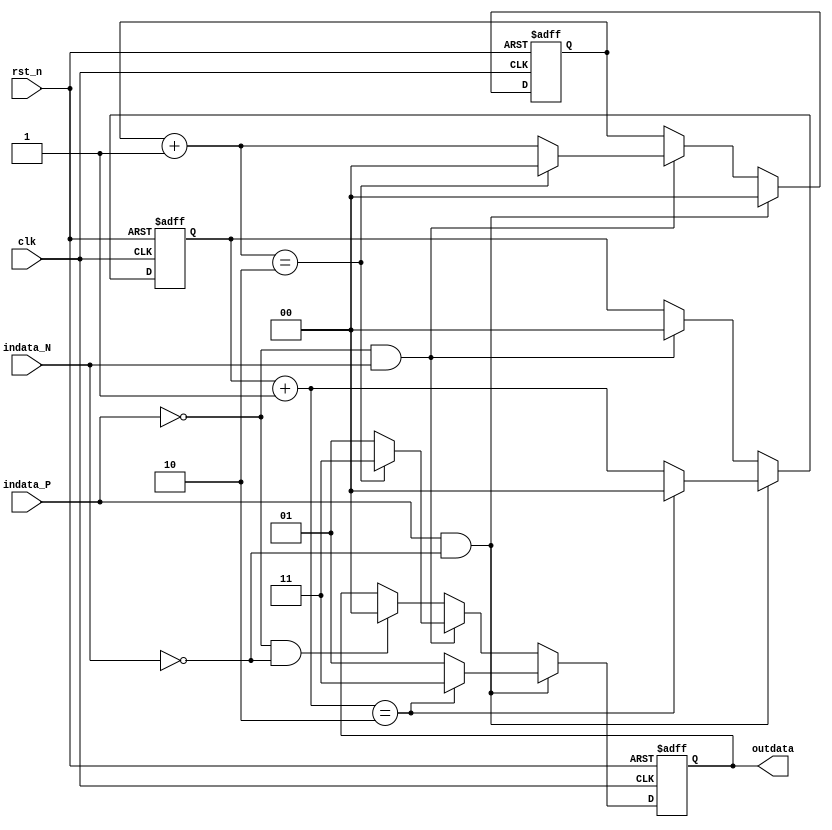
module findv(rst_n, indata_P, indata_N, outdata,clk);

input rst_n,clk;
input indata_P, indata_N;
output reg [1:0] outdata;
reg [1:0]flag1;
reg [1:0]flag2;

initial begin
    flag1=2'b00;
    flag2=2'b00;
end

always @(posedge clk or negedge rst_n) begin
    if(!rst_n) begin
        // 
        flag1=2'b00;
        flag2=2'b00;
        outdata <= 2'b00;
    end
    else begin
        if(indata_P==1'b1 && indata_N==1'b0) begin
        // PN10flag20flag11flag1+2+1
            flag2<=2'b00;
            flag1=flag1+2'b01;
            if(flag1==2'b10) begin
                outdata<=2'b11;
                flag1<=2'b00;
            end
            else outdata<=2'b01;
        end
        else if(indata_P==1'b0 && indata_N==1'b1) begin
        // PN01flag10flag21flag2+2-1
            flag1<=2'b00;
            flag2=flag2+2'b01;
            if(flag2==2'b10) begin
                outdata<=2'b11;
                flag2<=2'b00;
            end
            else outdata<=2'b01;
        end
        // 0000
        else if(indata_P==1'b0 && indata_N==1'b0) outdata<=2'b00;
        //else outdata<=2'b01;
    end
end

endmodule